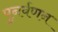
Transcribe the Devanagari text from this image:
पुनर्वणन